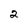
Character: 2